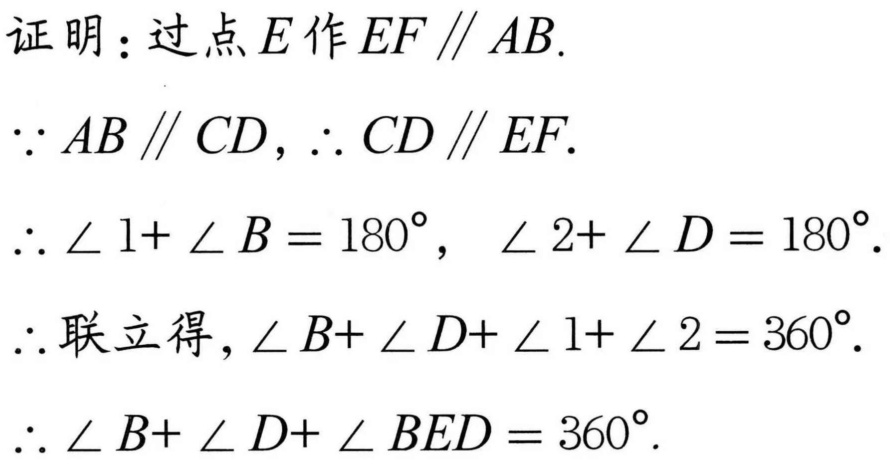
证明：过点\(E\)作\(EF\parallel AB\).
\(\because AB\parallel CD\)，\(\therefore CD\parallel EF\).
\(\therefore\angle 1+\angle B = 180^{\circ}\)，\(\angle 2+\angle D = 180^{\circ}\).
\(\therefore\)联立得，\(\angle B+\angle D+\angle 1+\angle 2 = 360^{\circ}\).
\(\therefore\angle B+\angle D+\angle BED = 360^{\circ}\).